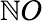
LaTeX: \mathbb{N}O